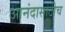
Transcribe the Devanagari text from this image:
आनंदासाठीच